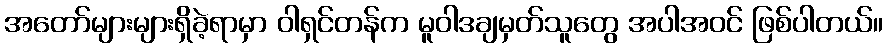
အတော်များများရှိခဲ့ရာမှာ ဝါရှင်တန်က မူဝါဒချမှတ်သူတွေ အပါအဝင် ဖြစ်ပါတယ်။